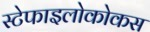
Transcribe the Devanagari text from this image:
स्टेफाइलोकोकस